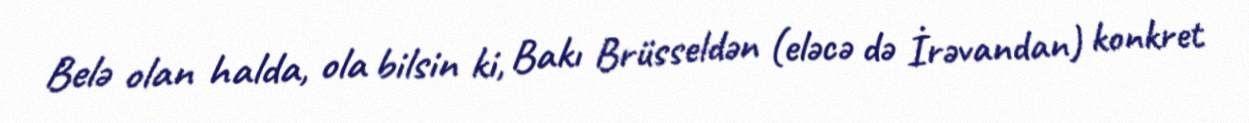
Belə olan halda, ola bilsin ki, Bakı Brüsseldən (eləcə də İrəvandan) konkret